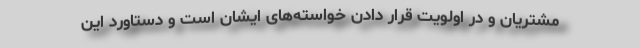
مشتریان و در اولویت قرار دادن خواسته‌های ایشان است و دستاورد این